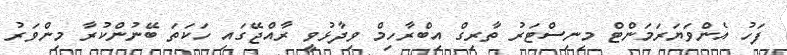
ފަހު އެންވަޔަރަމަންޓް މިނިސްޓަރު ތާރިގް އިބްރާހިމް ވިދާޅުވީ ރާއްޖޭގައި ހަކަތަ ބޭނުންކުރާ މިންވަރު